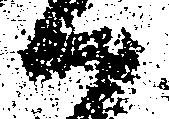
候